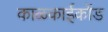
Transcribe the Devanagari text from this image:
काळकाईकोंड